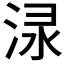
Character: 𣵌